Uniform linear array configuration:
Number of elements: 16
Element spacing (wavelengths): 0.75
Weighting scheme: kaiser
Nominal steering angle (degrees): -45
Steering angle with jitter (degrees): -43.572
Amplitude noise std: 0.05
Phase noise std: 0.05

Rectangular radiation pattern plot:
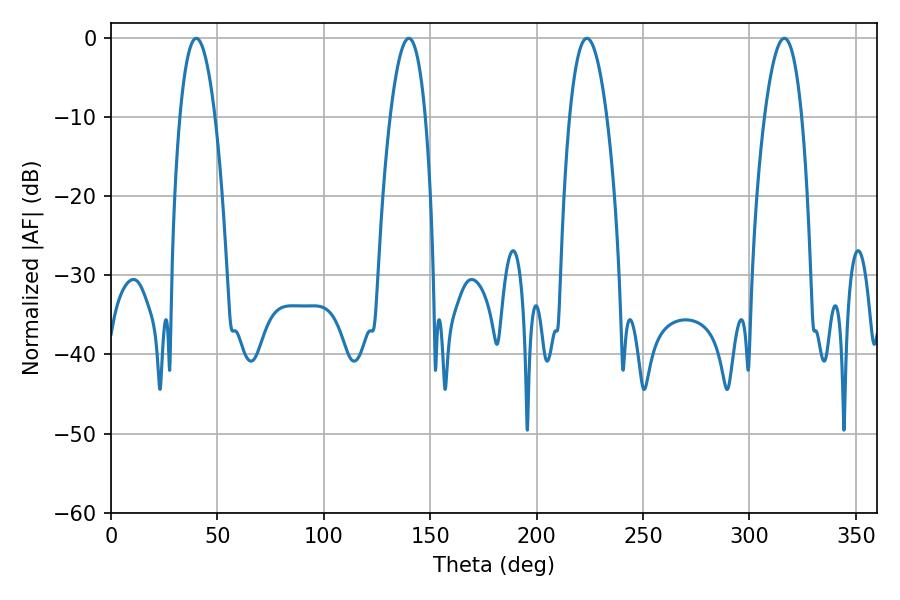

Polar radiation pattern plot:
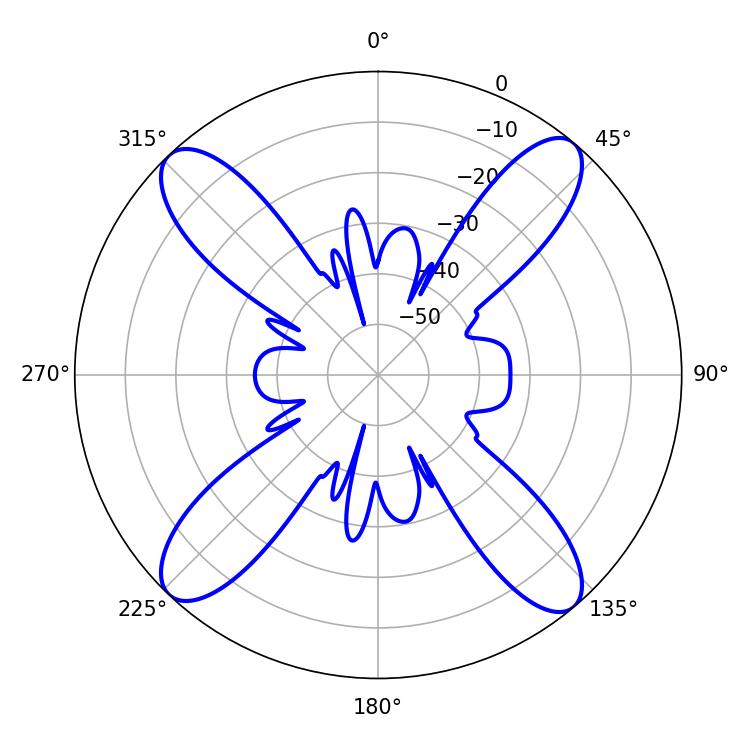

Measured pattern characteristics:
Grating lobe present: TRUE
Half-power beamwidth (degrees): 9.72
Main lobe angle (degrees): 223.56